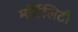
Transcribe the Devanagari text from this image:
मॉर्टेलिटी